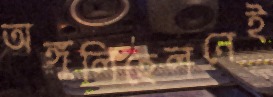
অঙ্গুলিহেলনেই